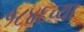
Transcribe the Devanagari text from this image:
१८४६च्या